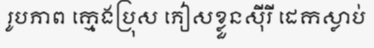
រូបភាព ក្មេងប្រុស ភៀសខ្លួនស៊ីរី ដេកស្លាប់